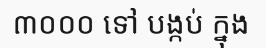
៣០០០ ទៅ បង្កប់ ក្នុង